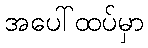
အပေါ်ထပ်မှာ